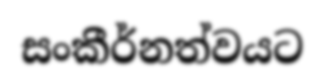
සංකීර්නත්වයට